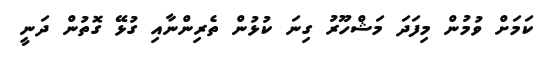
ކަމަށް ވުމުން މިފަދަ މަޝްހޫރު ގިނަ ކުޅުން ތެރިންނާއި ގުޅޭ ގޮތުން ދަނީ